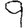
Digit: 9